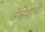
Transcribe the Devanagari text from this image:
ओडिशाची